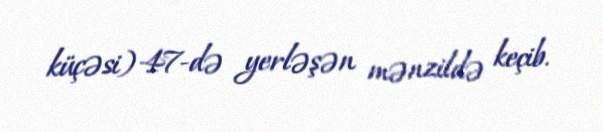
küçəsi) 47-də yerləşən mənzildə keçib.